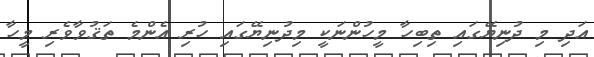
އަދި މި ދުނިޔޭގައި ތިބިހާ މީހުންނަކީ މިދުނިޔޭގައި ހުރި އެންމެ ތަޤުވާވެރި މީހާ